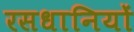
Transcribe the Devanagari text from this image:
रसधानियों